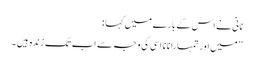
نانی نے اس کے بارے میں کہا :
” میں اور تمہارا نانا اسی کی وجہ سے اب تک زندہ ہیں ۔